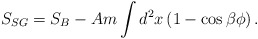
\begin{align*}S_{SG}=S_B-Am \int d^2x\left(1-\cos{\beta\phi}\right).\end{align*}